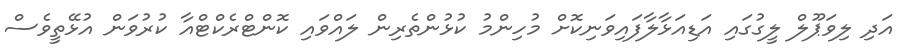
އަދި ލިވަޕޫލް ލީގުގައި އަޑިއަޅާލާފައިވަނިކޮށް މުހިންމު ކުޅުންތެރިން ލައްވައި ކޮންޓްރެކްޓްއާ ކުރުވަން އުޅޭތީވެސް